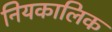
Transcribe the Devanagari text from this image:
नियकालिक